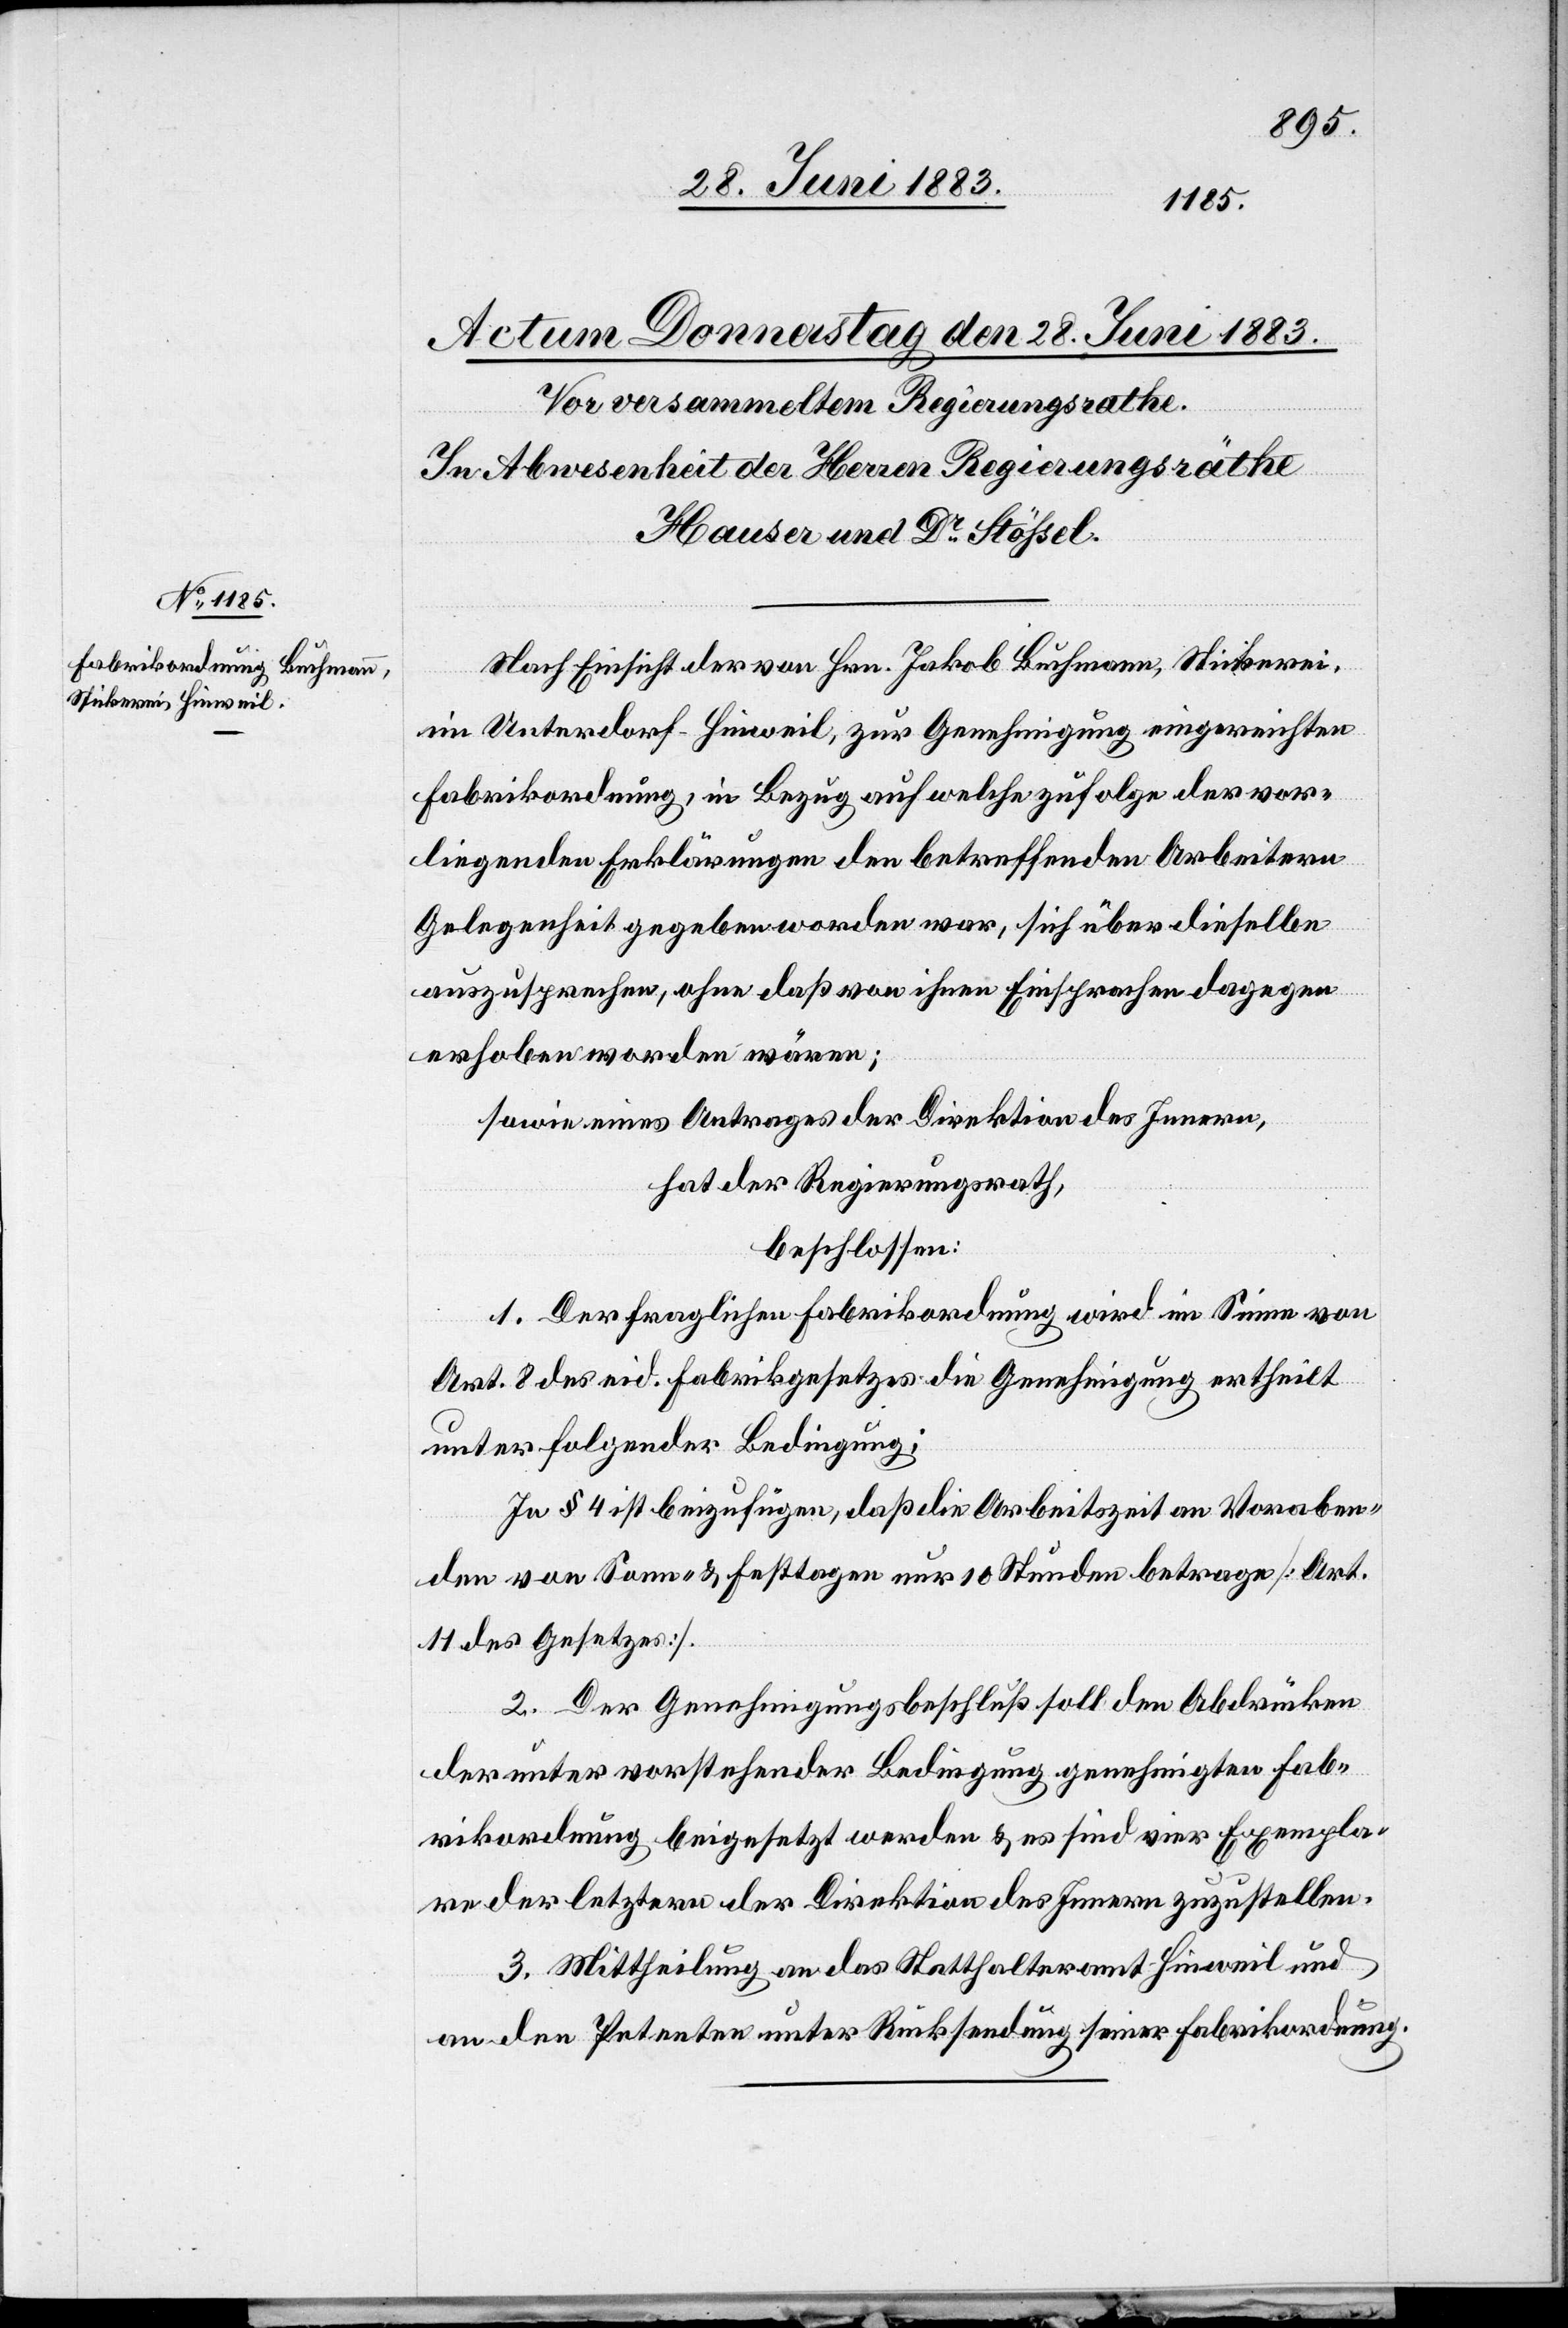
Nach Einsicht der von Hrn. Jakob Buchmann, Stickerei,
im Unterdorf - Hinweil, zur Genehmigung eingereichten
Fabrikordnung, in Bezug auf welche zufolge der vor¬
liegenden Erklärungen den betreffenden Arbeitern
Gelegenheit gegeben worden war, sich über dieselbe
auszusprechen, ohne daß von ihnen Einsprachen dagegen
erhoben worden wären;
sowie eines Antrages der Direktion des Innern,
hat der Regierungsrath,
beschlossen:
1. Der fraglichen Fabrikordnung wird im Sinne von
Art. 8 des eid. Fabrikgesetzes die Genehmigung ertheilt
unter folgender Bedingung:
In § 4 ist beizufügen, daß die Arbeitszeit an Voraben¬
den von Sonn- & Festtagen nur 10 Stunden betrage [Art.
11 des Gesetzes].
2. Der Genehmigungsbeschluß soll den Abdrücken
der unter vorstehender Bedingung genehmigten Fab¬
rikordnung beigesetzt werden & es sind vier Exempla¬
re der letztern der Direktion des Innern zuzustellen.
3. Mittheilung an das Statthalteramt Hinweil und
an den Petenten unter Rücksendung seiner Fabrikordnung.